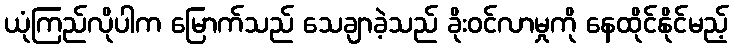
ယုံကြည်လိုပါက မြောက်သည် သေချာခဲ့သည် ခိုးဝင်လာမှုကို နေထိုင်နိုင်မည့်